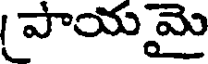
పాయమై